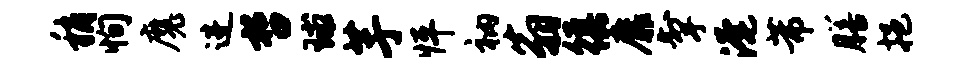
稍恂魔进哲球芋怦衲翁徭靡掣淹芾膳挹